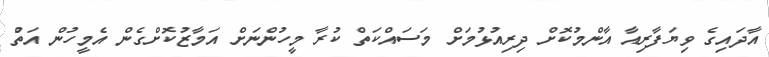
އާދައިގެ ވިޔަފާރިއާ އާންމުކޮށް ދިރިއުޅުމަށް މަސައްކަތް ކުރާ މީހުންނަށް އަމާޒުކޮށްގެން އެމީހުން އަތުް